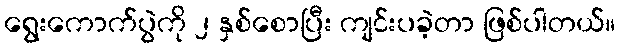
ရွေးကောက်ပွဲကို ၂ နှစ်စောပြီး ကျင်းပခဲ့တာ ဖြစ်ပါတယ်။